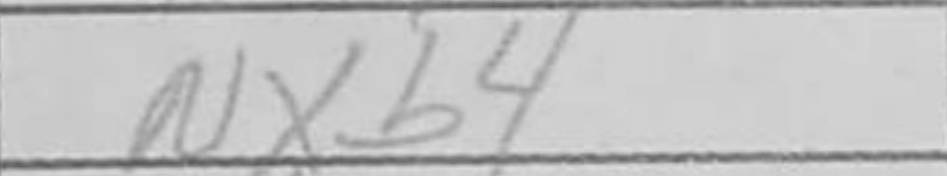
Transcription: Nxb4